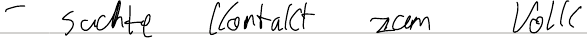
- suchte Kontakt zum Volk